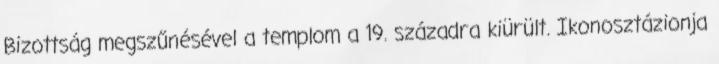
Bizottság megszűnésével a templom a 19. századra kiürült. Ikonosztázionja